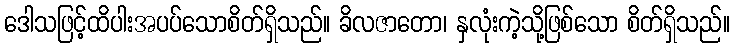
ဒေါသဖြင့်ထိပါးအပပ်သောစိတ်ရှိသည်။ ခိလဇာတော၊ နှလုံးကဲ့သို့ဖြစ်သော စိတ်ရှိသည်။